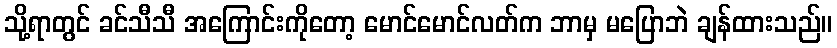
သို့ရာတွင် ခင်သီသီ အကြောင်းကိုတော့ မောင်မောင်လတ်က ဘာမှ မပြောဘဲ ချန်ထားသည်။